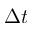
\Delta t